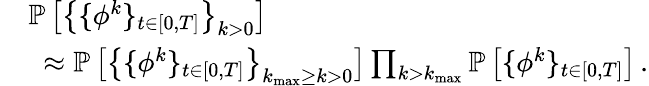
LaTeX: \begin{array}{rl}&{\mathbb{P}\left[\big\{ \{ {\phi}^{k}\} _{t\in[0,T]}\big\} _{k>0}\right]}\\ &{~\approx\mathbb{P}\left[\big\{ \{ {\phi}^{k}\} _{t\in[0,T]}\big\} _{k_{\mathrm{max}}\geq k>0}\right]\prod_{k>k_{\mathrm{max}}}\mathbb{P}\left[\{ {\phi}^{k}\} _{t\in[0,T]}\right]\, .}\end{array}